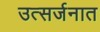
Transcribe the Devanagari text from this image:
उत्सर्जनात